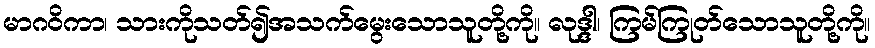
မာဂဝိကာ၊ သားကိုသတ်၍အသက်မွေးသောသူတို့ကို။ လုဒ္ဒါ၊ ကြမ်ကြုတ်သောသူတို့ကို။